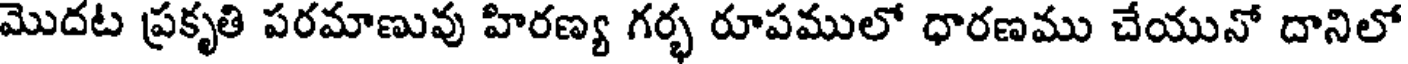
మొదట ప్రకృతి పరమాణువు హిరణ్య గర్భ రూపములో ధారణము చేయునో దానిలో